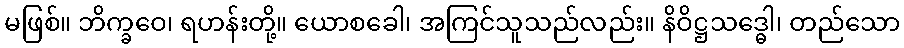
မဖြစ်။ ဘိက္ခဝေ၊ ရဟန်းတို့။ ယောစခေါ၊ အကြင်သူသည်လည်း။ နိဝိဋ္ဌသဒ္ဓေါ၊ တည်သော